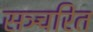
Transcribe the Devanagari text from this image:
सञ्चरित